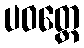
ပဝတ္တေ